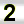
Digit: 2